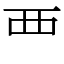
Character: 覀